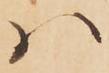
ハ